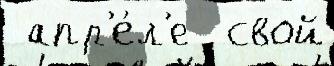
 апр'е́л'е  свой